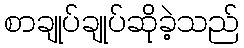
စာချုပ်ချုပ်ဆိုခဲ့သည်